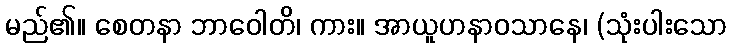
မည်၏။ စေတနာ ဘာဝေါတိ၊ ကား။ အာယူဟနာဝသာနေ၊ (သုံးပါးသော